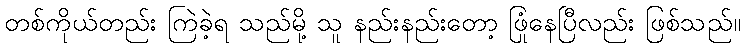
တစ်ကိုယ်တည်း ကြဲခဲ့ရ သည်မို့ သူ နည်းနည်းတော့ ဖြုံနေပြီလည်း ဖြစ်သည်။